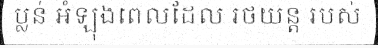
ប្លន់ អំឡុងពេលដែល រថយន្ត របស់